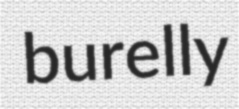
burelly